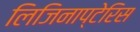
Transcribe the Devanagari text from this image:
लिजिनाप्टेरिस